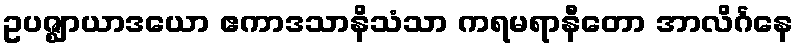
ဥပဇ္ဈာယာဒယော ဧကာဒသာနိသံသာ ကရမရာနီတော အာလိင်္ဂနေ